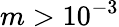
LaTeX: m>10^{-3}